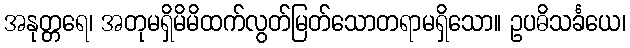
အနုတ္တရေ၊ အတုမရှိမိမိထက်လွတ်မြတ်သောတရာမရှိသော။ ဥပဓိသင်္ခယေ၊